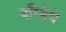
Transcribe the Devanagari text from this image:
बाँम्बेचे